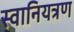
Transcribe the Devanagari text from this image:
स्वानियत्रण